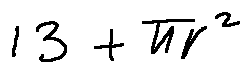
1 3 + \pi r ^ { 2 }